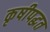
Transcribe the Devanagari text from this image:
कृषीपद्धत